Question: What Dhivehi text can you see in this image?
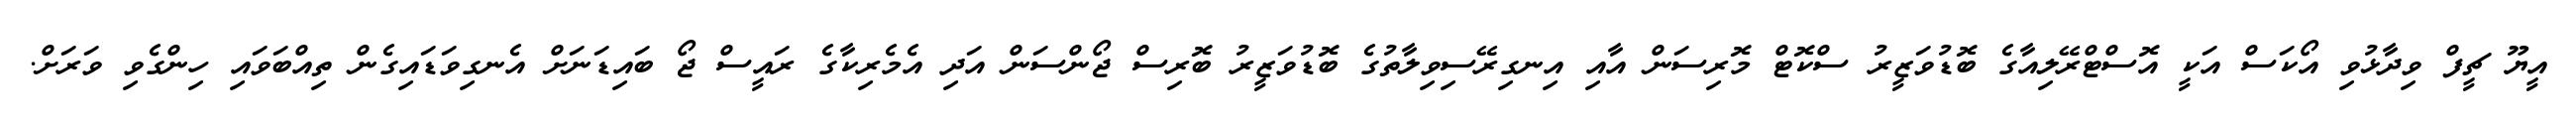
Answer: އީޔޫ ޗީފް ވިދާޅުވި އޯކަސް އަކީ އޮސްޓްރޭލިއާގެ ބޮޑުވަޒީރު ސްކޮޓް މޮރިސަން އާއި އިނގިރޭސިވިލާތުގެ ބޮޑުވަޒީރު ބޮރިސް ޖޯންސަން އަދި އެމެރިކާގެ ރައީސް ޖޯ ބައިޑަނަށް އެނގިވަޑައިގެން ތިއްބަވައި ހިންގެވި ވަރަށް.